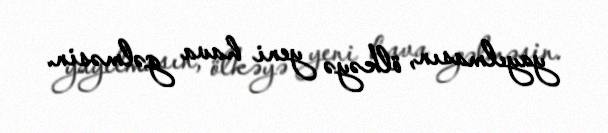
yayılmasın, ölkəyə yeni hava gəlməsin.